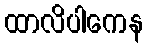
ထာလိပါကေန